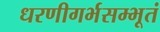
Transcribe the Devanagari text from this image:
धरणीगर्भसम्भूतं